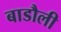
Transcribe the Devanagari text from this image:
बाडौली